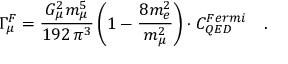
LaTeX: \Gamma _ { \mu } ^ { F } = \frac { G _ { \mu } ^ { 2 } m _ { \mu } ^ { 5 } } { 1 9 2 \, \pi ^ { 3 } } \left( 1 - \frac { 8 m _ { e } ^ { 2 } } { m _ { \mu } ^ { 2 } } \right) \cdot C _ { Q E D } ^ { F e r m i } \quad .